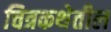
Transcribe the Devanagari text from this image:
चित्रकथेतील